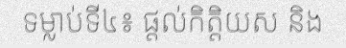
ទម្លាប់ទី៤៖ ផ្តល់កិត្តិយស និង